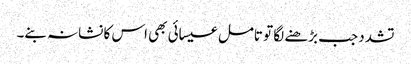
تشدد جب بڑھنے لگا تو تامل عیسائی بھی اس کا نشانہ بنے۔